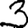
Digit: 3